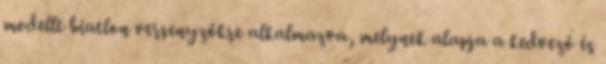
modellt biatlon versenyzőkre alkalmazva, melynek alapja a kedvező és